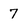
Character: 7